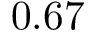
0 . 6 7